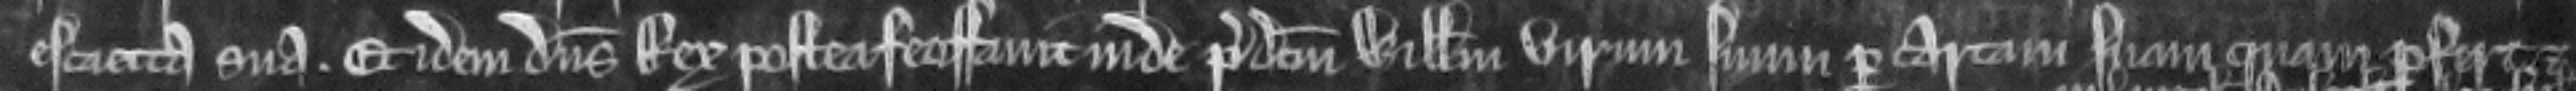
escaetta sua. Et idem dominus Rex postea feoffauit inde predictum Willelmum virum suum per cartam suam quam profert